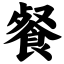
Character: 餐